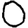
Digit: 0